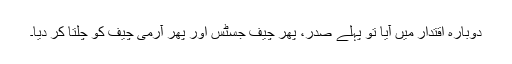
دوبارہ اقتدار میں آیا تو پہلے صدر، پھر چیف جسٹس اور پھر آرمی چیف کو چلتا کر دیا۔